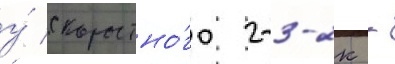
у́ скоростно́го 2-3-2к -